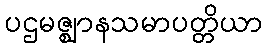
ပဌမဇ္ဈာနသမာပတ္တိယာ